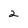
Character: 2